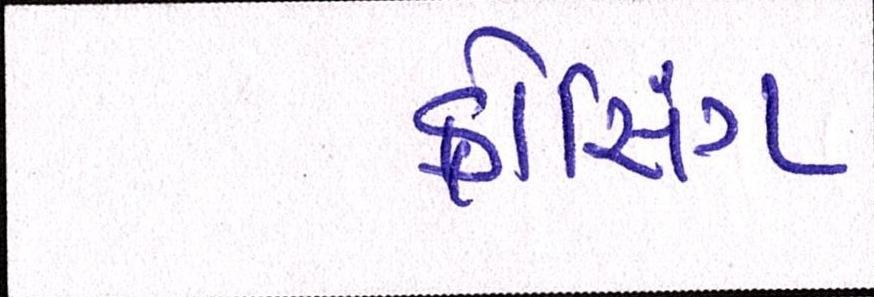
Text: ક્રોસિંગ